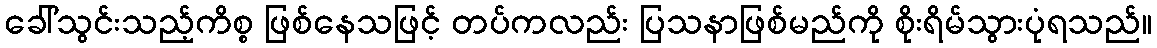
ခေါ်သွင်းသည့်ကိစ္စ ဖြစ်နေသဖြင့် တပ်ကလည်း ပြသနာဖြစ်မည်ကို စိုးရိမ်သွားပုံရသည်။